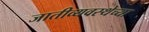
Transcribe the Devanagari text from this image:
जातीव्यवस्थेच्या